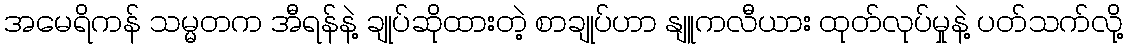
အမေရိကန် သမ္မတက အီရန်နဲ့ ချုပ်ဆိုထားတဲ့ စာချုပ်ဟာ နျူကလီယား ထုတ်လုပ်မှုနဲ့ ပတ်သက်လို့